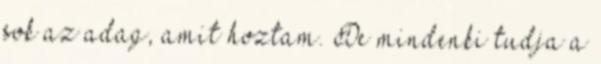
sok az adag, amit hoztam. De mindenki tudja a